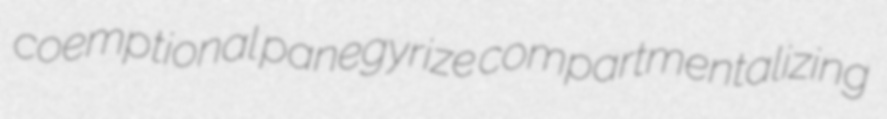
coemptional panegyrize compartmentalizing